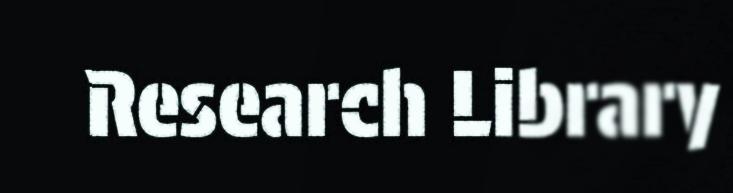
Research Library